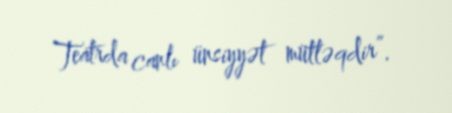
Teatrda canlı ünsiyyət mütləqdir”.